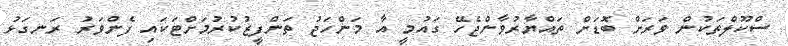
ސްކޫލްތަކުން ވަރަށް ބޮޑަށް ތައްޔާރުވާންޖެހޭ ގައުމީ އާ މަންހަޖު ތަންފީޒުކުރުމަށްޓަކައި ފެންވަރު ރަނގަޅު